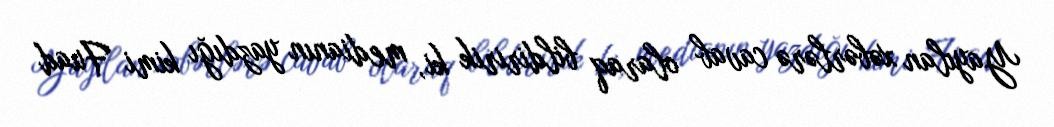
Yayılan xəbərlərə cavab olaraq bildiririk ki, medianın yazdığı kimi Fuad